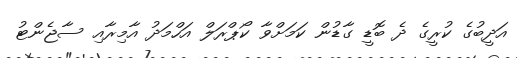
އަދީބުގެ ކުރީގެ ދެ ބޮޑީ ގާޑުން ކަމަށްވާ ކޯޕްރަލް އަހްމަދު އާމިރާއި ސާޖެންޓު